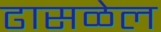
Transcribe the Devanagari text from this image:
ढासळेल